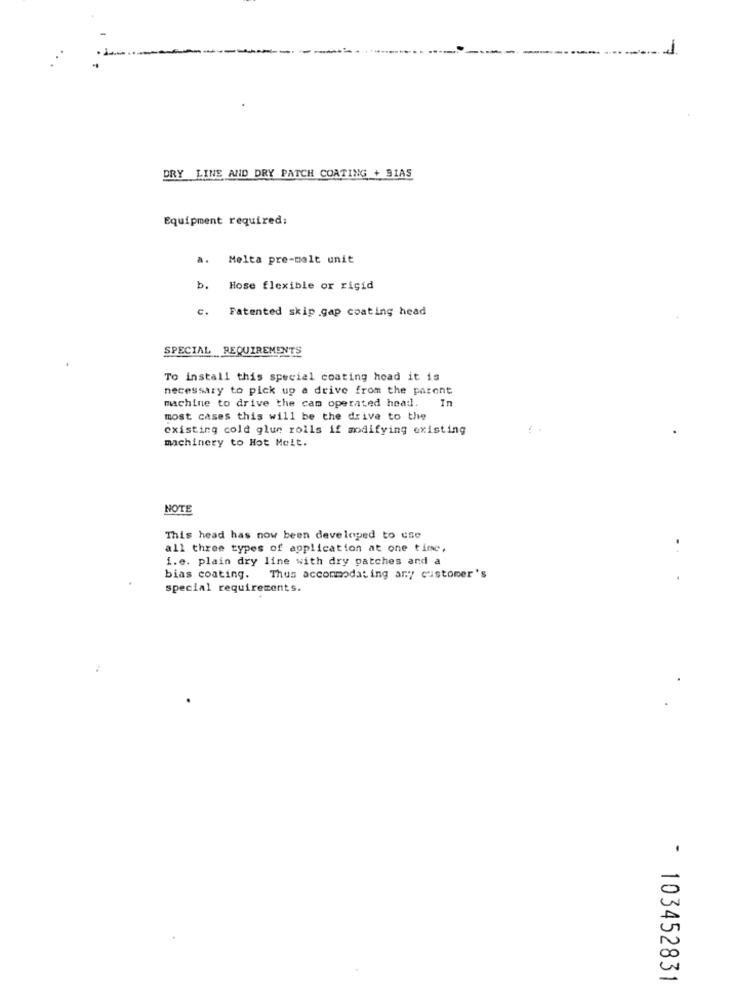
DRY LINE AND DRY PATCH COATING + BIAS
Equipment required:
a. Melta pre-molt unit
b. Hose flexible or rigid
c. Fatented skip gap coating head
SPECIAL REQUIREMENTS
To install this special coating hoad it is
necessary to pick up a drive from the parent
machine to drive the cam operated head. In
most cases this will be the drive to the
existing cold glue rolls if modifying existing
machinery to Hot Melt.
NOTE
This head has now been developed to use
all three types of application at one time,
i.e. plain dry line with dry patches and a
bias coating. Thus accommodating ary customer's
special requirements.
- 103452831